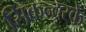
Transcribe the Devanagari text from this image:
सिकन्दरके